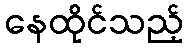
နေထိုင်သည့်